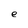
Character: e